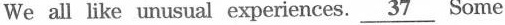
We all like unusual experiences.\underline{37} Some